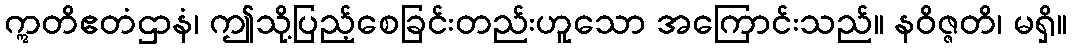
ဣတိဧတံဌာနံ၊ ဤသို့ပြည့်စေခြင်းတည်းဟူသော အကြောင်းသည်။ နဝိဇ္ဇတိ၊ မရှိ။